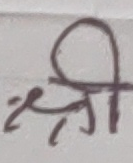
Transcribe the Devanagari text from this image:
श्री